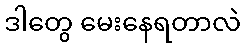
ဒါတွေ မေးနေရတာလဲ